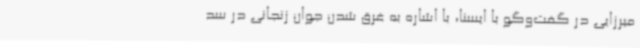
میرزایی در گفت‌وگو با ایسنا، با اشاره به غرق شدن جوان زنجانی در سد